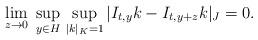
LaTeX: \begin{align*} \lim_{z \to 0} \; \sup_{y \in H} \, \sup_{|k|_K =1} |I_{t,y}k - I_{t, y+ z}k | _J=0.\end{align*}